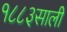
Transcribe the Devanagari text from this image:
१८८३साली